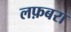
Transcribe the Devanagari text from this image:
लफ़बरा